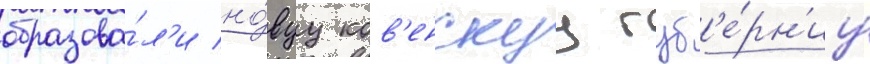
образова́л'и но́вуу ков'енскуу губ'е́рн'иу